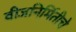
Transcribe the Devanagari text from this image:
वीजनिर्मितीचे